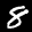
Label: 8